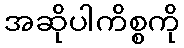
အဆိုပါကိစ္စကို